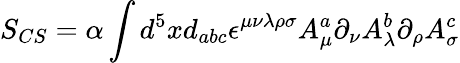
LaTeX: S_{CS}=\alpha\int d^{5}xd_{abc}\epsilon^{\mu\nu\lambda\rho\sigma}A_{\mu}^{a}\partial_{\nu}A_{\lambda}^{b}\partial_{\rho}A_{\sigma}^{c}